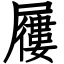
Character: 屨